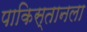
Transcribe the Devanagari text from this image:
पाकिस्तानला